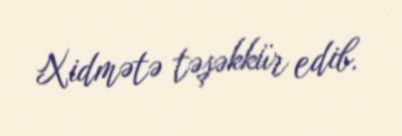
Xidmətə təşəkkür edib.